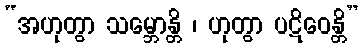
“အဟုတွာ သမ္ဘောန္တိ ၊ ဟုတွာ ပဋိဝေန္တိ”